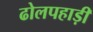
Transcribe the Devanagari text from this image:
ढोलपहाड़ी